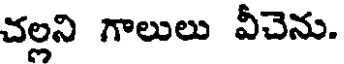
చల్లని గాలులు వీచెను.